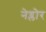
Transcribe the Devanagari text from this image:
नेय्लोर